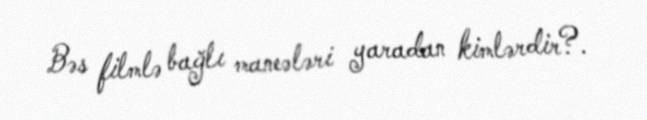
Bəs filmlə bağlı maneələri yaradan kimlərdir?.